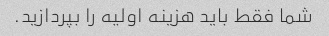
شما فقط باید هزینه اولیه را بپردازید.